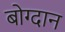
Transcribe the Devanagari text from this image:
बोग्दान